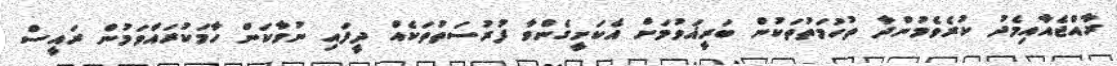
ރާއްޖެއާއިމެދު ކުރެވެމުންދާ ތުހުމަތުތަކުން ބަރީޣަވުމަށް އެކަށީގެންވާ ފުރުސަތުތަކެއް ދީފައި ނުވާކަން ހާމަކުރައްވަމުން ރައީސް